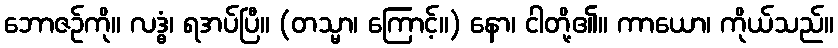
ဘောဇဉ်ကို။ လဒ္ဓံ၊ ရအပ်ပြီ။ (တသ္မာ၊ ကြောင့်။) နော၊ ငါတို့၏။ ကာယော၊ ကိုယ်သည်။